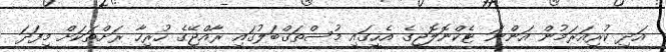
އަދި ކުރިއަރަމުން އަންނަ ޓެކްނޮލޮޖީގެ އެހީގައި މުސްތަޤްބަލުގައި ރާއްޖޭގެ ހުރިހާ ރަށްތަކަށް މިފަދަ